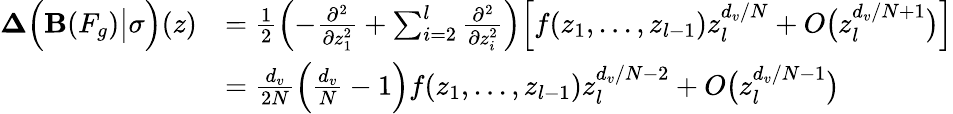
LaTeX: \begin{array}{rl}{\mathbf{\Delta}\Big(\mathbf{B}(F_{g})\big|\sigma\Big)(z)}&{=\frac{1}{2}\left(-\frac{\partial^{2}}{\partial z_{1}^{2}}+\sum_{i=2}^{l}\frac{\partial^{2}}{\partial z_{i}^{2}}\right)\Big[f(z_{1},...,z_{l-1})z_{l}^{d_{v}/N}+O\big(z_{l}^{d_{v}/N+1}\big)\Big]}\\ &{=\frac{d_{v}}{2N}\Big(\frac{d_{v}}{N}-1\Big)f(z_{1},...,z_{l-1})z_{l}^{d_{v}/N-2}+O\big(z_{l}^{d_{v}/N-1}\big)}\end{array}